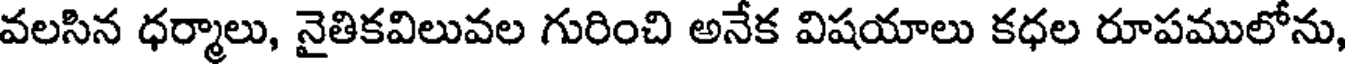
వలసిన ధర్మాలు, నైతికవిలువల గురించి అనేక విషయాలు కధల రూపములోను,